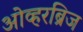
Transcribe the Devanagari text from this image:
ओव्हरब्रिज